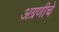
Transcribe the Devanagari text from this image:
अग्रणीचे